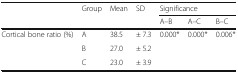
<table><thead><tr><td rowspan="2"></td><td rowspan="2"><b>Group</b></td><td rowspan="2"><b>Mean</b></td><td rowspan="2"><b>SD</b></td><td colspan="3"><b>Significance</b></td></tr><tr><td><b>A–B</b></td><td><b>A–C</b></td><td><b>B–C</b></td></tr></thead><tbody><tr><td rowspan="3">Cortical bone ratio (%)</td><td>A</td><td>38.5</td><td>± 7.3</td><td rowspan="3">0.000*</td><td rowspan="3">0.000*</td><td rowspan="3">0.006*</td></tr><tr><td>B</td><td>27.0</td><td>± 5.2</td></tr><tr><td>C</td><td>23.0</td><td>± 3.9</td></tr></tbody></table>